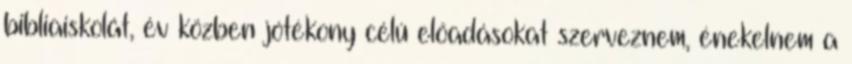
bibliaiskolát, év közben jótékony célú előadásokat szerveznem, énekelnem a